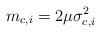
LaTeX: \begin{align*}m_{c,i}={2\mu\sigma_{c,i}^2}\end{align*}